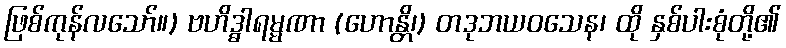
ဖြစ်ကုန်လသော်။) ဗဟိဒ္ဓါရမ္မဏာ (ဟောန္တိ၊) တဒုဘယဝသေန၊ ထို နှစ်ပါးစုံတို့၏